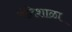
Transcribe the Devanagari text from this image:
बंदिशाळा